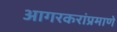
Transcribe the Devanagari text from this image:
आगरकरांप्रमाणे